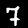
Digit: 7